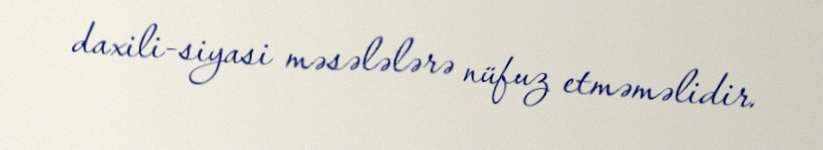
daxili-siyasi məsələlərə nüfuz etməməlidir.